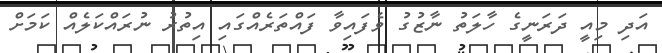
އަދި މިއީ ދަރަނީގެ ހާލަތު ނާޒުގު ވެފައިވާ ފައްތަރެއްގައި އިތުރު ނުރައްކަލެއް ކަމަށް